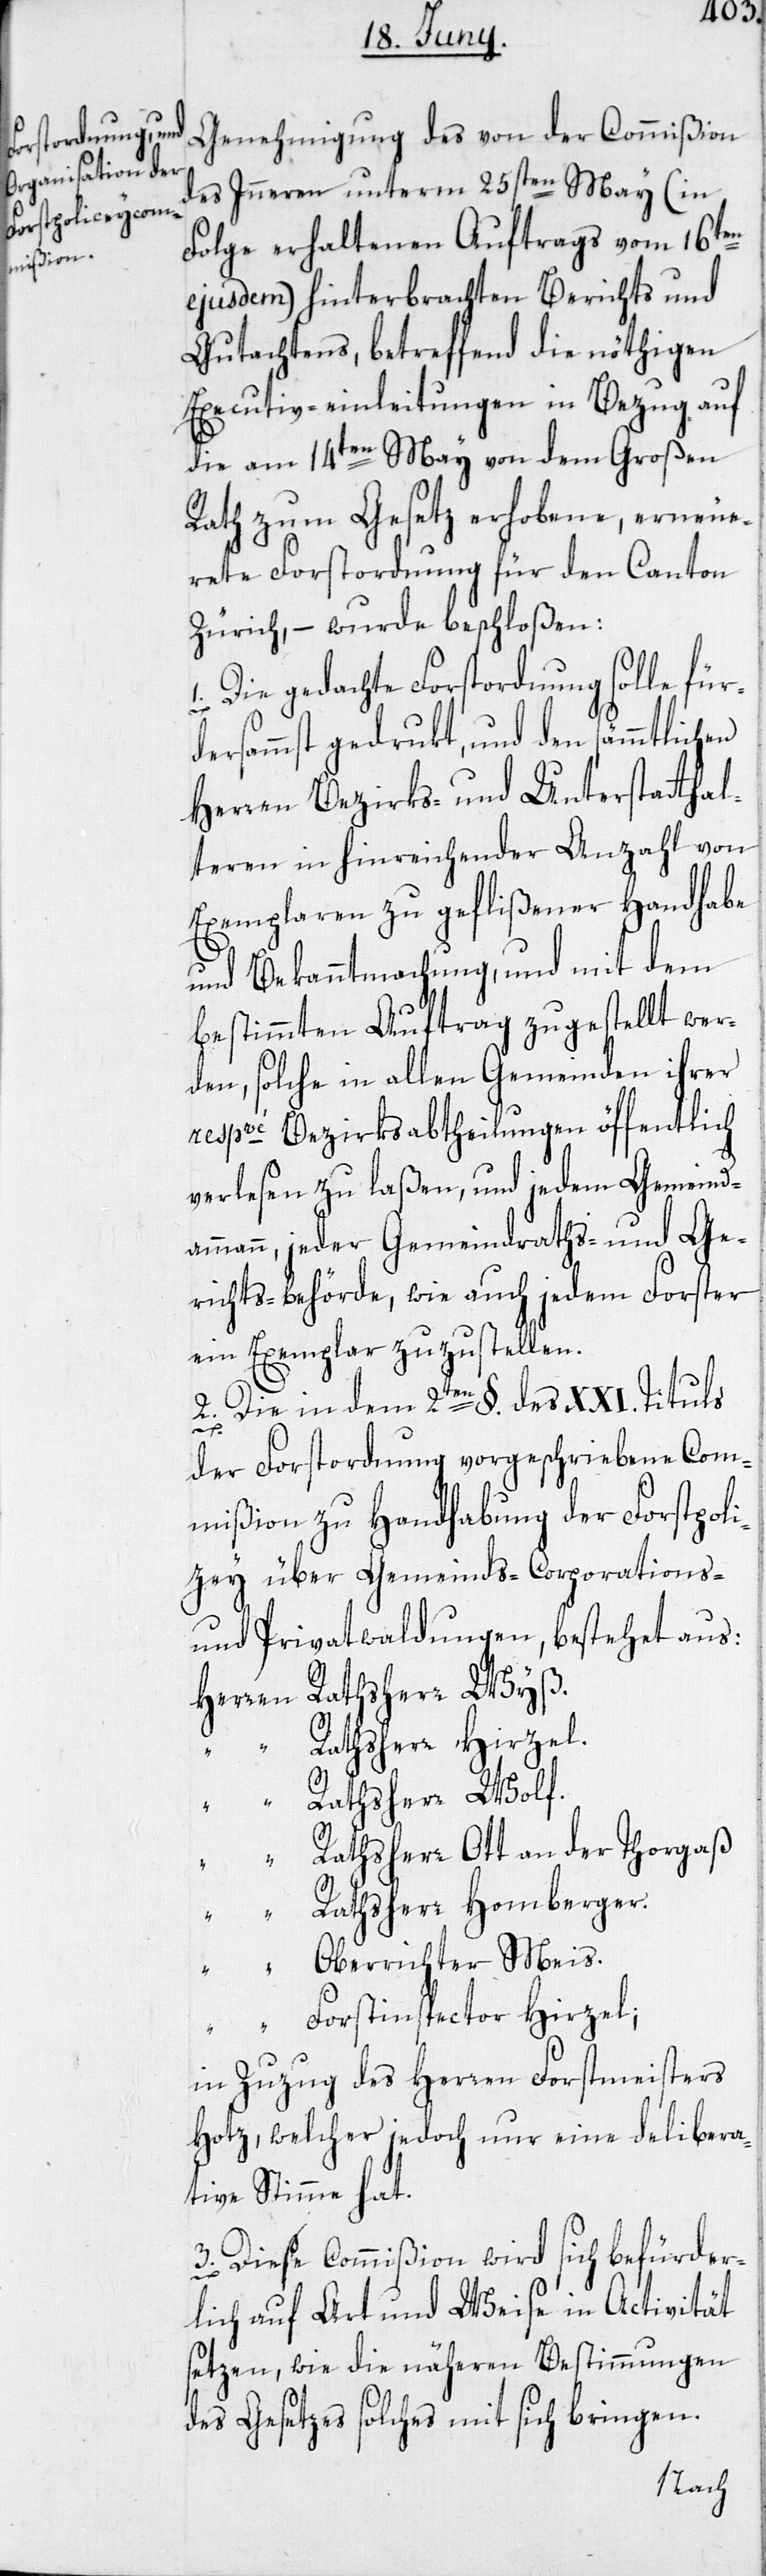
Genehmigung des von der Commißion
des Inneren unterm 25sten May (in
Folge erhaltenen Auftrags vom 16ten
ejusdem) hinterbrachten Berichts und
Gutachtens, betreffend die nöthigen
Executiv-einleitungen in Bezug auf
die am 14ten May von dem Großen
Rath zum Gesetz erhobene, erneue¬
rete Forstordnung für den Canton
Zürich, – wurde beschloßen:
1. Die gedachte Forstordnung solle für¬
dersammst gedrukt, und den sämmtlich¬
Herren Bezirks- und Unterstatthal¬
teren in hinreichender Anzahl von
Exemplaren zu geflißener Handhabe
und Bekanntmachung, und mit dem
bestimmten Auftrag zugestellt wer¬
den, solche in allen Gemeinden ihrer
respvé Bezirksabtheilungen öffentlich
verlesen zu laßen, und jedem Gemeind¬
ammann, jeder Gemeindraths- und Ge¬
richts-behörde, wie auch jedem Forster
ein Exemplar zuzustellen.
2. Die in dem 2ten §. des XXI. Tituls
en
der Forstordnung vorgeschriebene Com¬
mißion zu Handhabung der Forstpoli¬
zey über Gemeinds-[,] Corporations-
und Privatwaldungen, bestehet aus:
Herren Rathsherr Wyß.
“ Rathsherr Hirzel.
Rathsherr Wolf.
“ Rathsherr Ott an der Thorgaß
“ Rathsherr Homberger.
“ Oberrichter Meis.
“ Forstinspector Hirzel;
in Zuzug des Herren Forstmeisters
Hotz, welcher jedoch nur eine delibera¬
tive Stimme hat.
3. Diese Commißion wird sich befürder¬
lich auf Art und Weise in Activität
setzen, wie die näheren Bestimmungen
des Gesetzes solches mit sich bringen.